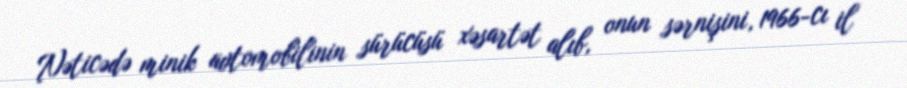
Nəticədə minik avtomobilinin sürücüsü xəsartət alıb, onun sərnişini, 1966-cı il